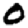
Digit: 0